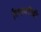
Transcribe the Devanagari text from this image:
विभावरींची